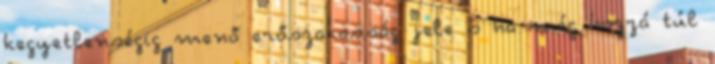
kegyetlenségig menő erőszakosság jele s ha még hozzá túl